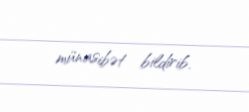
münasibət bildirib.